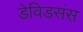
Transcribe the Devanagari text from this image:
डेविडसंस